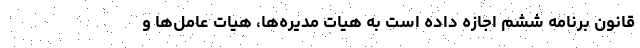
قانون برنامه ششم اجازه داده است به هیات مدیره‌ها، هیات عامل‌ها و